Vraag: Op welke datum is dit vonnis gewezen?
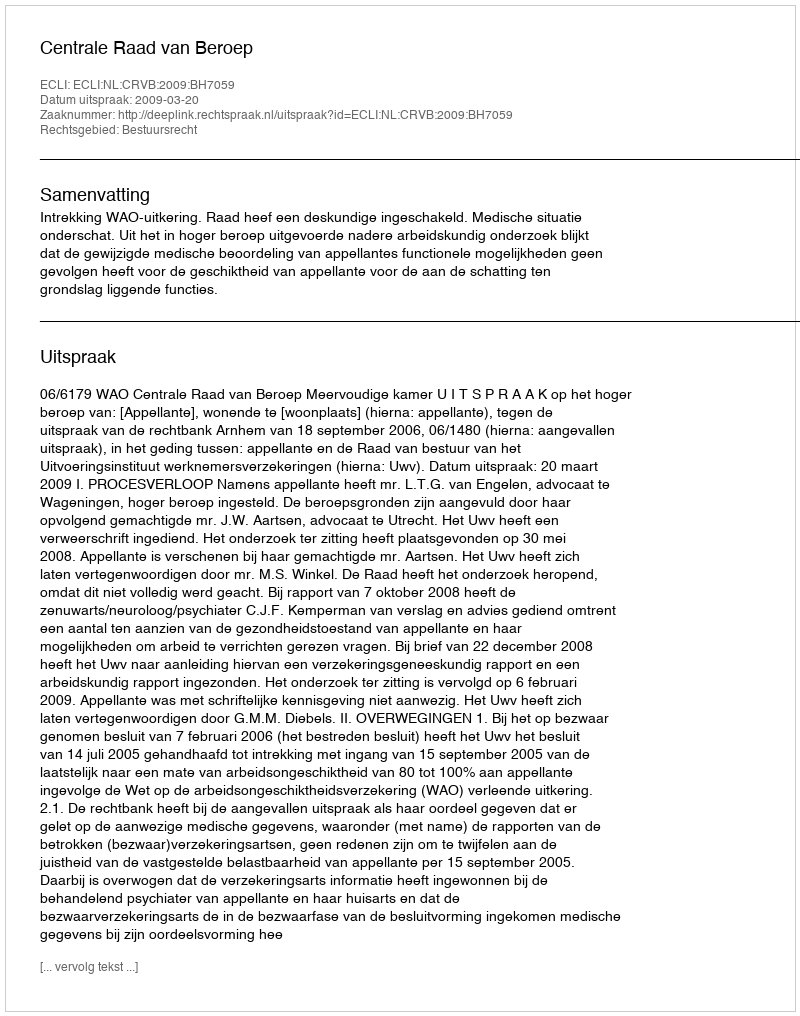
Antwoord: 2009-03-20